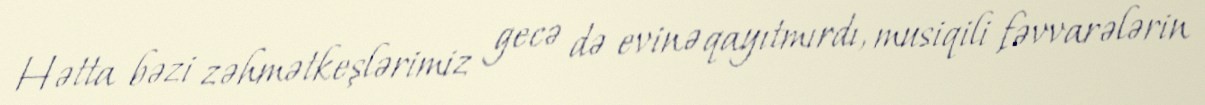
Hətta bəzi zəhmətkeşlərimiz gecə də evinə qayıtmırdı, musiqili fəvvarələrin